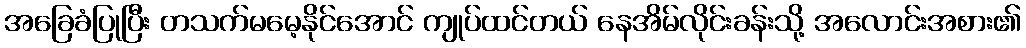
အခြေခံပြုပြီး တသက်မမေ့နိုင်အောင် ကျုပ်ထင်တယ် နေအိမ်လိုင်းခန်းသို့ အလောင်းအစား၏